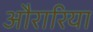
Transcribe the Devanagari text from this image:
औरारिया